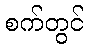
စက်တွင်